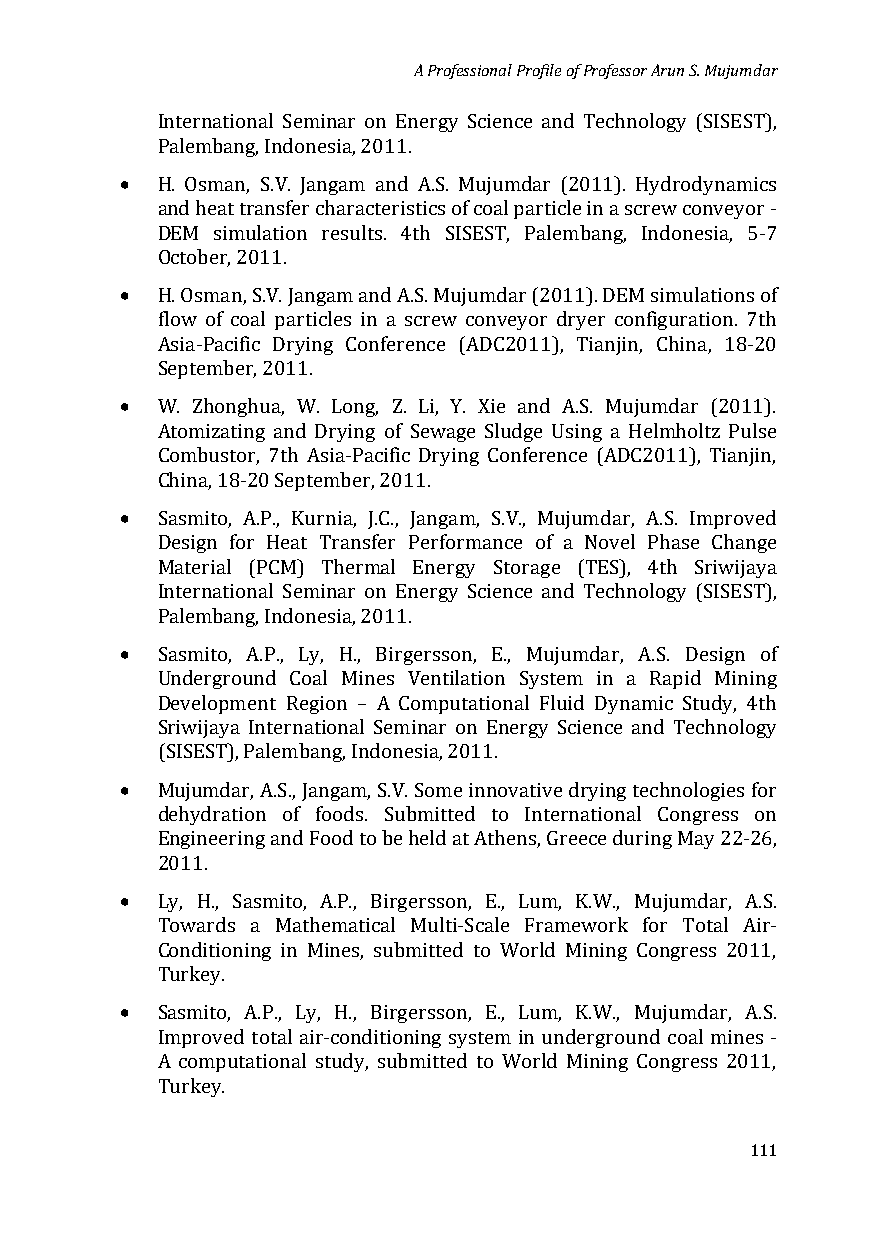
A Professional Profile of Professor Arun S. Mujumdar
 International Seminar on Energy Science and Technology (SISEST),
 •
 Palembang, Indonesia, 2011.
 H. Osman, S.V. Jangam and A.S. Mujumdar (2011). Hydrodynamics
 and heat transfer characteristics of coal particle in a screw conveyor -
 DEM simulation results. 4th SISEST, Palembang, Indonesia, 5-7
 •
 October, 2011.
 H. Osman, S.V. Jangam and A.S. Mujumdar (2011). DEM simulations of
 flow of coal particles in a screw conveyor dryer configuration. 7th
 Asia-Pacific Drying Conference (ADC2011), Tianjin, China, 18-20
 •
 September, 2011.
 W. Zhonghua, W. Long, Z. Li, Y. Xie and A.S. Mujumdar (2011).
 Atomizating and Drying of Sewage Sludge Using a Helmholtz Pulse
 Combustor, 7th Asia-Pacific Drying Conference (ADC2011), Tianjin,
 •
 China, 18-20 September, 2011.
 Sasmito, A.P., Kurnia, J.C., Jangam, S.V., Mujumdar, A.S. Improved
 Design for Heat Transfer Performance of a Novel Phase Change
 Material (PCM) Thermal Energy Storage (TES), 4th Sriwijaya
 International Seminar on Energy Science and Technology (SISEST),
 •
 Palembang, Indonesia, 2011.
 Sasmito, A.P., Ly, H., Birgersson, E., Mujumdar, A.S. Design of
 Underground Coal Mines Ventilation System in a Rapid Mining
 Development Region – A Computational Fluid Dynamic Study, 4th
 Sriwijaya International Seminar on Energy Science and Technology
 •
 (SISEST), Palembang, Indonesia, 2011.
 Mujumdar, A.S., Jangam, S.V. Some innovative drying technologies for
 dehydration of foods. Submitted to International Congress on
 Engineering and Food to be held at Athens, Greece during May 22-26,
 •
 2011.
 Ly, H., Sasmito, A.P., Birgersson, E., Lum, K.W., Mujumdar, A.S.
 Towards a Mathematical Multi-Scale Framework for Total Air-
 Conditioning in Mines, submitted to World Mining Congress 2011,
 •
 Turkey.
 Sasmito, A.P., Ly, H., Birgersson, E., Lum, K.W., Mujumdar, A.S.
 Improved total air-conditioning system in underground coal mines -
 A computational study, submitted to World Mining Congress 2011,
 Turkey.
 111